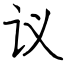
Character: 议